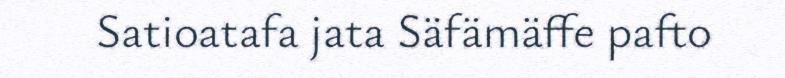
Satioatafa jata Säfämäffe pafto